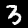
Digit: 3